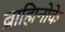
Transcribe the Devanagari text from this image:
ब्राह्मिनोके